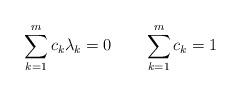
LaTeX: \begin{align*} \sum_{k=1}^{m} c_{k}\lambda_{k} = 0 \qquad \sum_{k=1}^{m} c_{k} = 1 \end{align*}